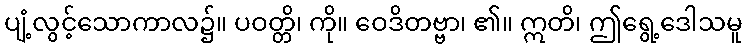
ပျံ့လွင့်သောကာလ၌။ ပဝတ္တိ၊ ကို။ ဝေဒိတဗ္ဗာ၊ ၏။ ဣတိ၊ ဤရွေ့ဒေါသမူ